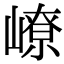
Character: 嶛